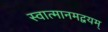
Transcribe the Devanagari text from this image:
स्वात्मानमद्वयम्